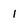
Character: I